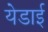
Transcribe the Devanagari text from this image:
येडाई